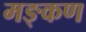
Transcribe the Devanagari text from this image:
मङ्कण